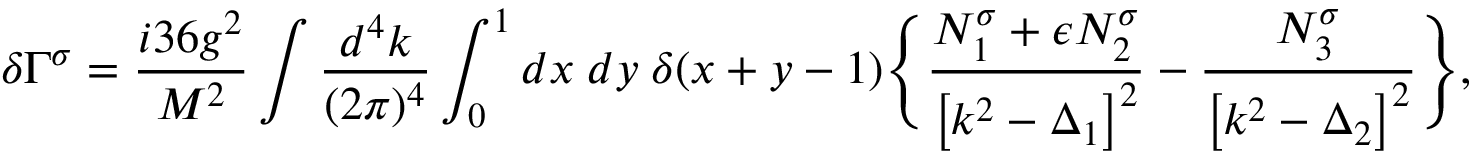
\delta \Gamma ^ { \sigma } = \frac { i 3 6 g ^ { 2 } } { M ^ { 2 } } \int \frac { d ^ { 4 } k } { ( 2 \pi ) ^ { 4 } } \int _ { 0 } ^ { 1 } d x \; d y \; \delta ( x + y - 1 ) \Biggl \{ \frac { N _ { 1 } ^ { \sigma } + \epsilon N _ { 2 } ^ { \sigma } } { \left[ k ^ { 2 } - \Delta _ { 1 } \right] ^ { 2 } } - \frac { N _ { 3 } ^ { \sigma } } { \left[ k ^ { 2 } - \Delta _ { 2 } \right] ^ { 2 } } \Biggr \} ,